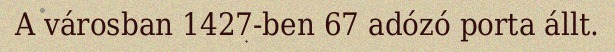
A városban 1427-ben 67 adózó porta állt.